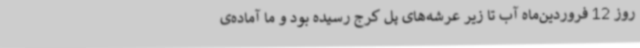
روز 12 فروردین‌ماه آب تا زیر عرشه‌های پل کرج رسیده بود و ما آماده‌ی